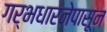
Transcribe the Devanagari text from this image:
गर्भधारनेपासून